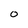
Character: 0